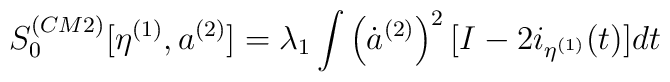
S_0^{(CM2)}[\eta^{(1)},a^{(2)}] = \lambda_1\int\left(\dot{a}^{(2)}\right)^2[I-2i_{\eta^{(1)}}(t)]dt